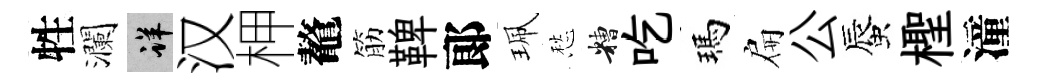
牲瀾详汉柙鼇筋鞞郞珮愁糟吃瑪扁公蜃檉潼